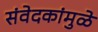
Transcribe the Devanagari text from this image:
संवेदकांमुळे